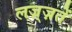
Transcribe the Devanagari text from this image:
लज़्ज़तें